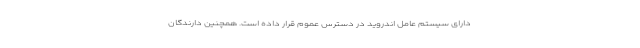
دارای سیستم عامل اندروید در دسترس عموم قرار داده است. همچنین دارندگان